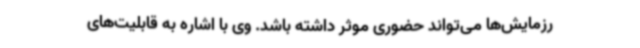
رزمایش‌ها می‌تواند حضوری موثر داشته باشد. وی با اشاره به قابلیت‌های